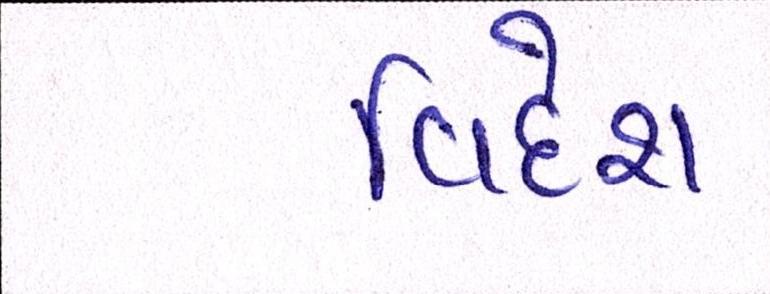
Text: વિદેશ